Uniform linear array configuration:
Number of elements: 16
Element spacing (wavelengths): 0.25
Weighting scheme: hamming
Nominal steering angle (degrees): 30
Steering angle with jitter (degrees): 29.075
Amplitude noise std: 0.05
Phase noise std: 0.05

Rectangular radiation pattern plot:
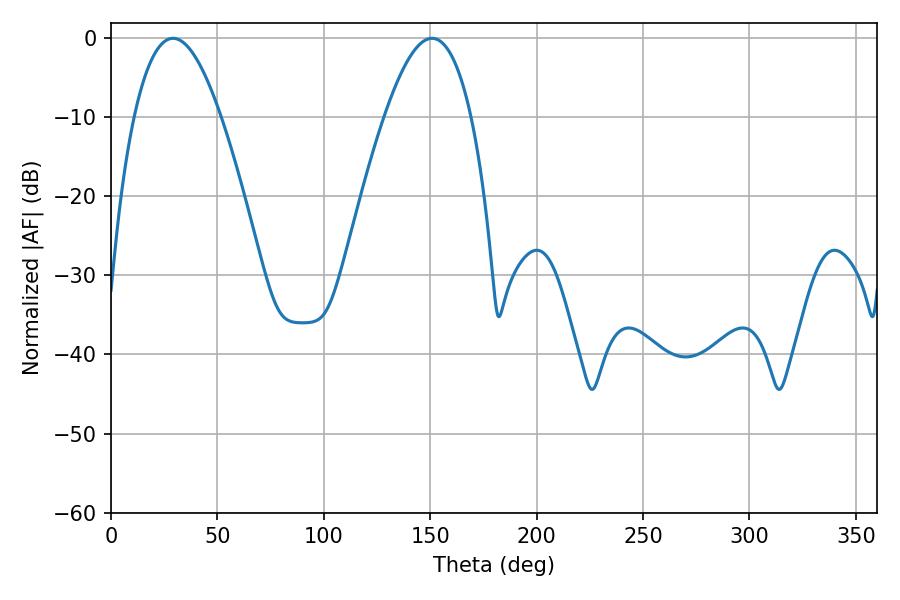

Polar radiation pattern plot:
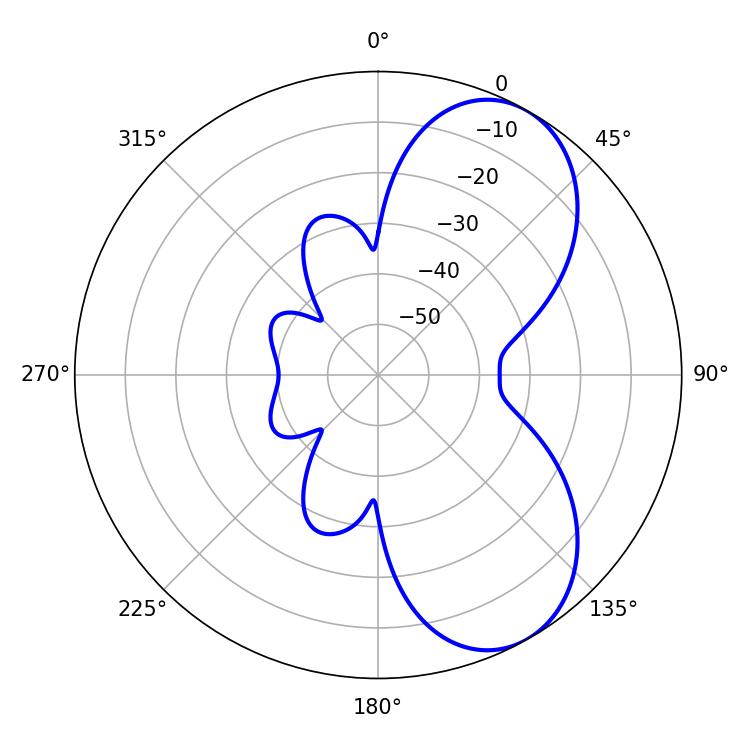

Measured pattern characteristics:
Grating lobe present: FALSE
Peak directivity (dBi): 6.791
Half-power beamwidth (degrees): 22.32
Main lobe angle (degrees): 29.16